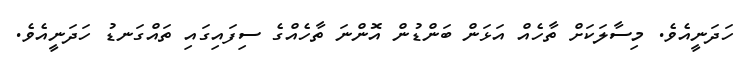
ހަދަނީއެވެ. މިސާލަކަށް ތާހެއް އަޅަން ބަންޑުން އޮންނަ ތާހެއްގެ ސިފައިގައި ތައްގަނޑު ހަދަނީއެވެ.